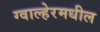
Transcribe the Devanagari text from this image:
ग्वाल्हेरमधील